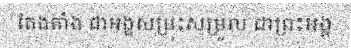
តែងតាំង ជាអង្គសម្រុះសម្រួល ជាព្រះអង្គ